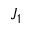
J _ { 1 }